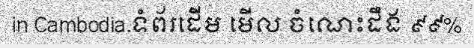
in Cambodia.ទំព័រដើម មើល ចំណេះដឹង ៩៩%